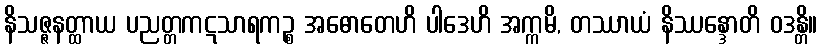
နိသဇ္ဇနတ္ထာယ ပညတ္တကဋသာရကဉ္စ အဓောတေဟိ ပါဒေဟိ အက္ကမိ, တဿာယံ နိဿန္ဒောတိ ဝဒန္တိ။